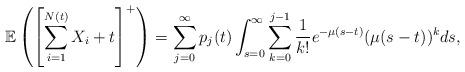
LaTeX: \begin{align*} &\mathbb{E}\left(\left[\sum\limits_{i=1}^{N(t)}X_i+t\right]^+\right) = \sum_{j=0}^{\infty}p_j(t)\int_{s=0}^{\infty}\sum_{k=0}^{j-1}\frac{1}{k!}e^{-\mu (s-t)}(\mu(s-t))^{k}ds, \end{align*}